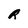
Character: R